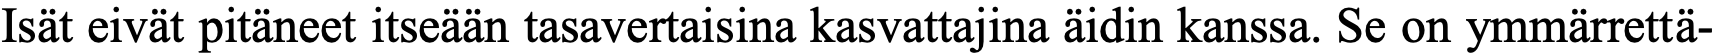
Isät eivät pitäneet itseään tasavertaisina kasvattajina äidin kanssa. Se on ymmärrettä-